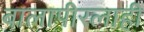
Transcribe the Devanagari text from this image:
बालापीरलाही